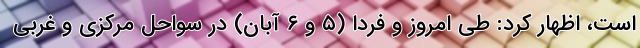
است، اظهار کرد: طی امروز و فردا (۵ و ۶ آبان) در سواحل مرکزی و غربی